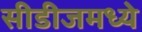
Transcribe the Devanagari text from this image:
सीडीजमध्ये